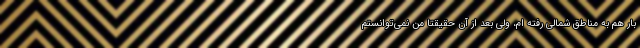
بار هم به مناطق شمالی رفته ام، ولی بعد از آن حقیقتاً من نمی‌توانستم